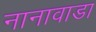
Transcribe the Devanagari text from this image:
नानावाडा